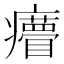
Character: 𤼁